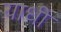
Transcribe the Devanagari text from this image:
याधी